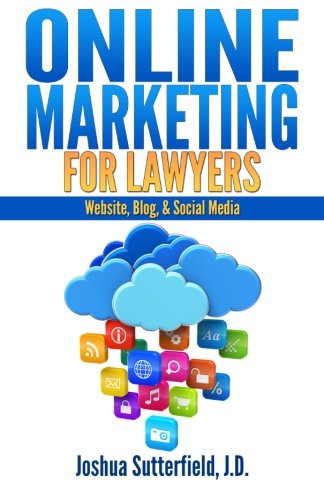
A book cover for Online Marketing for Lawyers: Website, Blog, & Social Media; Joshua A Sutterfield; Law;